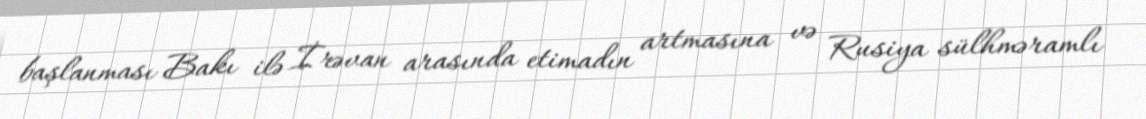
başlanması Bakı ilə İrəvan arasında etimadın artmasına və Rusiya sülhməramlı